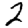
Digit: 2